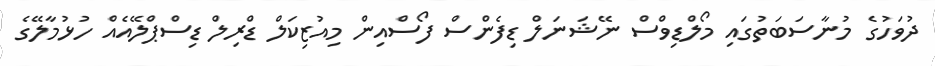
ދުވަހުގެ މުނާސަބަތުގައި މޯލްޑިވްސް ނޭޝަނަލް ޑިފެންސް ފޯސްއިން މިއުޒިކަލް ޑްރިލް ޑިސްޕްލޭއެއް ހުޅުމާލޭގެ